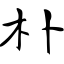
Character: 朴